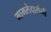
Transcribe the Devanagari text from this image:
मामलेदारांनी